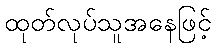
ထုတ်လုပ်သူအနေဖြင့်